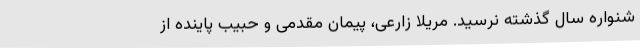
شنواره سال گذشته نرسید. مریلا زارعی، پیمان مقدمی و حبیب پاینده از